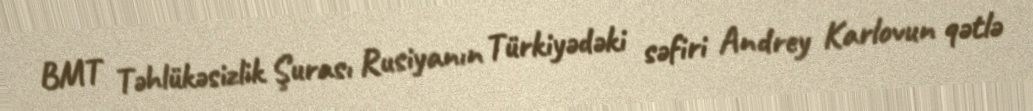
BMT Təhlükəsizlik Şurası Rusiyanın Türkiyədəki səfiri Andrey Karlovun qətlə